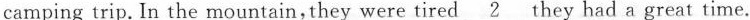
camping trip. In the mountain,they were tired \underline{2}they had a great time.